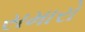
સમારો